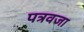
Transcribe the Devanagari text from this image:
पत्रवजा